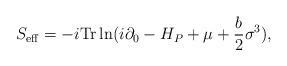
LaTeX: \begin{align*}S_{{\rm eff}}=-i{\rm Tr}\ln(i\partial _{0}-H_{P}+\mu +\frac{b}{2}\sigma^{3}),\end{align*}